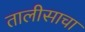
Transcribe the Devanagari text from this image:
तालीसाचा